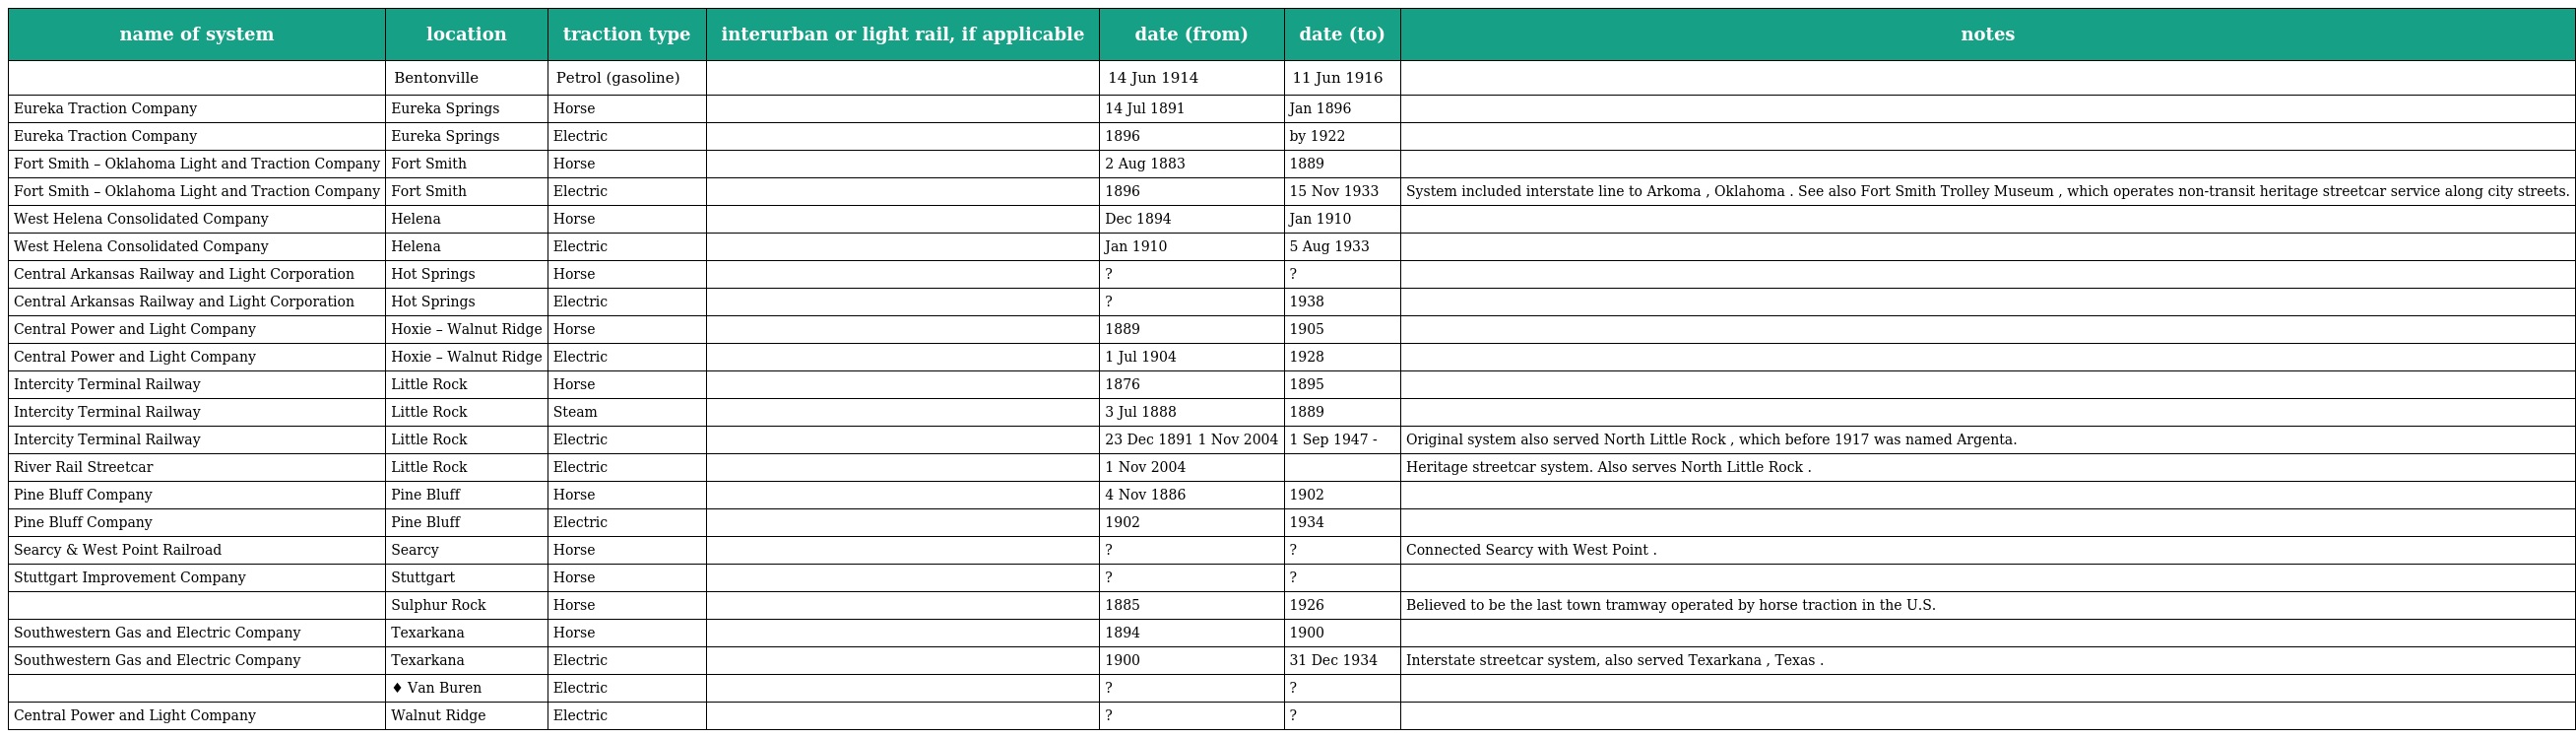
| name of system | location | traction type | interurban or light rail, if applicable | date (from) | date (to) | notes |
 | --- | --- | --- | --- | --- | --- | --- |
 |  | Bentonville | Petrol (gasoline) |  | 14 Jun 1914 | 11 Jun 1916 |  |
 | Eureka Traction Company | Eureka Springs | Horse |  | 14 Jul 1891 | Jan 1896 |  |
 | Eureka Traction Company | Eureka Springs | Electric |  | 1896 | by 1922 |  |
 | Fort Smith – Oklahoma Light and Traction Company | Fort Smith | Horse |  | 2 Aug 1883 | 1889 |  |
 | Fort Smith – Oklahoma Light and Traction Company | Fort Smith | Electric |  | 1896 | 15 Nov 1933 | System included interstate line to Arkoma , Oklahoma . See also Fort Smith Trolley Museum , which operates non-transit heritage streetcar service along city streets. |
 | West Helena Consolidated Company | Helena | Horse |  | Dec 1894 | Jan 1910 |  |
 | West Helena Consolidated Company | Helena | Electric |  | Jan 1910 | 5 Aug 1933 |  |
 | Central Arkansas Railway and Light Corporation | Hot Springs | Horse |  | ? | ? |  |
 | Central Arkansas Railway and Light Corporation | Hot Springs | Electric |  | ? | 1938 |  |
 | Central Power and Light Company | Hoxie – Walnut Ridge | Horse |  | 1889 | 1905 |  |
 | Central Power and Light Company | Hoxie – Walnut Ridge | Electric |  | 1 Jul 1904 | 1928 |  |
 | Intercity Terminal Railway | Little Rock | Horse |  | 1876 | 1895 |  |
 | Intercity Terminal Railway | Little Rock | Steam |  | 3 Jul 1888 | 1889 |  |
 | Intercity Terminal Railway | Little Rock | Electric |  | 23 Dec 1891 1 Nov 2004 | 1 Sep 1947 - | Original system also served North Little Rock , which before 1917 was named Argenta. |
 | River Rail Streetcar | Little Rock | Electric |  | 1 Nov 2004 |  | Heritage streetcar system. Also serves North Little Rock . |
 | Pine Bluff Company | Pine Bluff | Horse |  | 4 Nov 1886 | 1902 |  |
 | Pine Bluff Company | Pine Bluff | Electric |  | 1902 | 1934 |  |
 | Searcy & West Point Railroad | Searcy | Horse |  | ? | ? | Connected Searcy with West Point . |
 | Stuttgart Improvement Company | Stuttgart | Horse |  | ? | ? |  |
 |  | Sulphur Rock | Horse |  | 1885 | 1926 | Believed to be the last town tramway operated by horse traction in the U.S. |
 | Southwestern Gas and Electric Company | Texarkana | Horse |  | 1894 | 1900 |  |
 | Southwestern Gas and Electric Company | Texarkana | Electric |  | 1900 | 31 Dec 1934 | Interstate streetcar system, also served Texarkana , Texas . |
 |  | ♦ Van Buren | Electric |  | ? | ? |  |
 | Central Power and Light Company | Walnut Ridge | Electric |  | ? | ? |  |